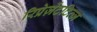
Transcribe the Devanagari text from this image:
रिप्रेज़ेंटटिव्ज़